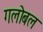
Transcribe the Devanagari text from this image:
गलोबल